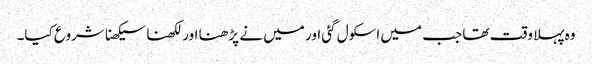
وہ پہلا وقت تھا جب میں اسکول گئی اور میں نے پڑھنا اور لکھنا سیکھنا شروع کیا۔